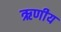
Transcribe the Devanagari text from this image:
ऋणीय